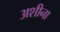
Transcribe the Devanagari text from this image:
अशीना